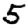
Digit: 5